Plague in India, 1896, 1897 - Volume 1
Year: 1896
Disease focus: Plague
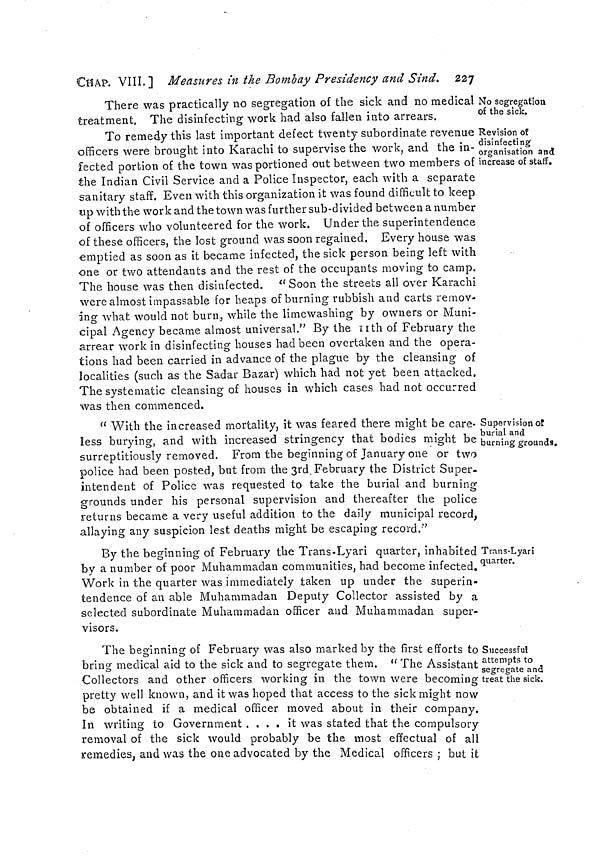
CHAP. VIII. ] Measures in the Bombay Presidency and Sind. 227
No segregation
of the sick.
Revision of
disinfecting
organisation and
increase of staff.
There was practically no segregation of the sick and no medical
treatment. The disinfecting work had also fallen into arrears.
To remedy this last important defect twenty subordinate revenue
officers were brought into Karachi to supervise the work, and the in-
fected portion of the town was portioned out between two members of
the Indian Civil Service and a Police Inspector, each with a separate
sanitary staff. Even with this organization it was found difficult to keep
up with the work and the town was further sub-divided between a number
of officers who volunteered for the work. Under the superintendence
of these officers, the lost ground was soon regained. Every house was
emptied as soon as it became infected, the sick person being left with
one or two attendants and the rest of the occupants moving to camp.
The house was then disinfected. " Soon the streets all over Karachi
were almost impassable for heaps of burning rubbish and carts remov-
ing what would not burn, while the limewashing by owners or Muni-
cipal Agency became almost universal." By the nth of February the
arrear work in disinfecting houses had been overtaken and the opera-
tions had been carried in advance of the plague by the cleansing of
localities (such as the Sadar Bazar) which had not yet been attacked.
The systematic cleansing of houses in which cases had not occurred
was then commenced.
Supervision of
burial and
burning grounds.
" With the increased mortality, it was feared there might be care-
less burying, and with increased stringency that bodies might be
surreptitiously removed. From the beginning of January one or two
police had been posted, but from the 3rd. February the District Super-
intendent of Police was requested to take the burial and burning
grounds under his personal supervision and thereafter the police
returns became a very useful addition to the daily municipal record,
allaying any suspicion lest deaths might be escaping record."
Trans-Lyari
quarter.
By the beginning of February the Trans-Lyari quarter, inhabited
by a number of poor Muhammadan communities, had become infected.
Work in the quarter was immediately taken up under the superin-
tendence of an able Muhammadan Deputy Collector assisted by a
selected subordinate Muhammadan officer and Muhammadan super-
visors.
Successful
attempts to
segregate and
treat the sick.
The beginning of February was also marked by the first efforts to
bring medical aid to the sick and to segregate them. " The Assistant
Collectors and other officers working in the town were becoming
pretty well known, and it was hoped that access to the sick might now
be obtained if a medical officer moved about in their company.
In writing to Government ....
it was stated that the compulsory
removal of the sick would probably be the most effectual of all
remedies, and was the one advocated by the Medical officers ; but it